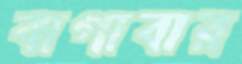
বাগাবার